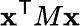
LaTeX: \mathbf{x}^{\textsf{T}}M\mathbf{x}